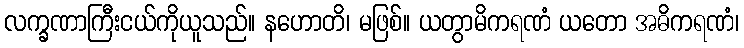
လက္ခဏာကြီးငယ်ကိုယူသည်။ နဟောတိ၊ မဖြစ်။ ယတွာမိကရဏံ ယတော အဓိကရဏံ၊